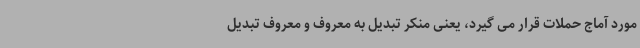
مورد آماج حملات قرار می گیرد، یعنی منکر تبدیل به معروف و معروف تبدیل